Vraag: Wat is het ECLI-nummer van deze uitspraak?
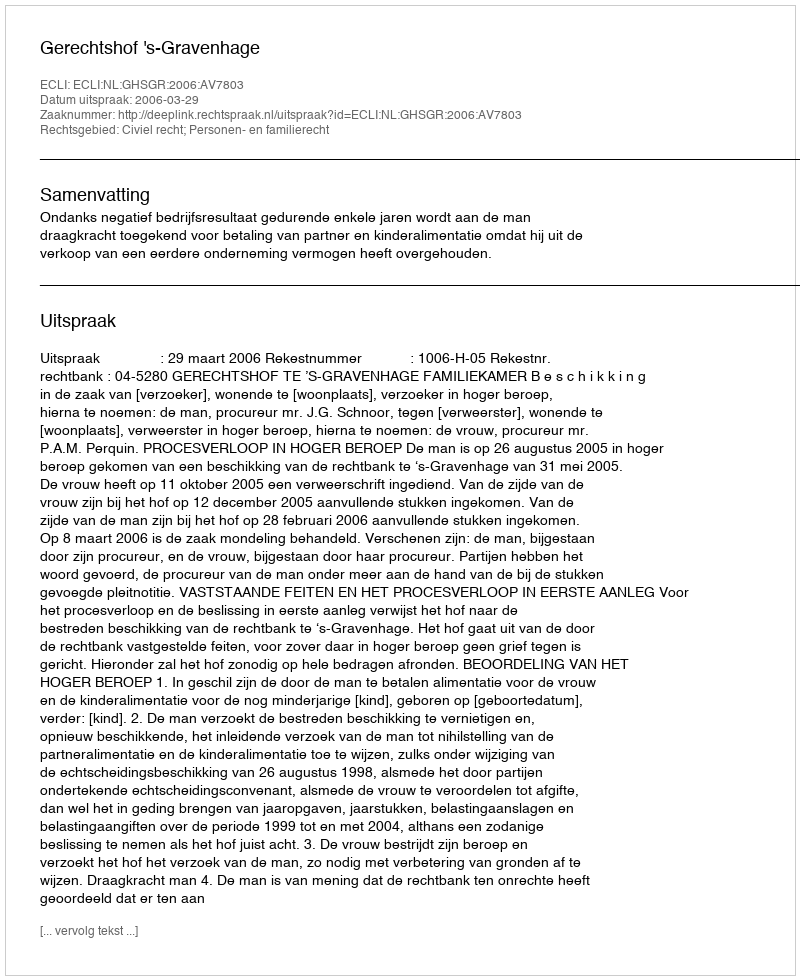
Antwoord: ECLI:NL:GHSGR:2006:AV7803